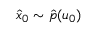
\hat { x } _ { 0 } \sim \hat { p } ( u _ { 0 } )